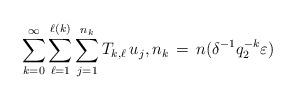
LaTeX: \begin{align*} \sum_{k=0}^\infty\sum_{\ell=1}^{\ell(k)}\sum_{j=1}^{n_k}T_{k,\ell}\,u_j,n_k\,=\,n(\delta^{-1}q_2^{-k}\varepsilon)\end{align*}